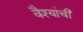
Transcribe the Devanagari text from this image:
वैश्यांची